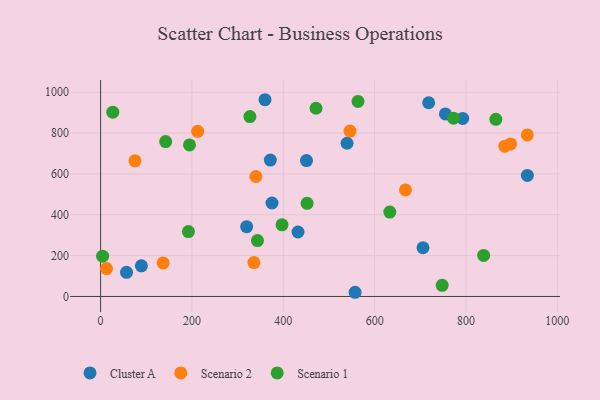
{"axis": {"x": "Distance", "y": "Rating"}, "legend": ["Cluster A", "Scenario 1", "Scenario 2"], "data": [{"x": "371.7", "y": 667.6, "type": "Cluster A"}, {"x": "360.0", "y": 963.0, "type": "Cluster A"}, {"x": "539.6", "y": 749.9, "type": "Cluster A"}, {"x": "557.2", "y": 20.6, "type": "Cluster A"}, {"x": "718.3", "y": 948.1, "type": "Cluster A"}, {"x": "89.4", "y": 150.1, "type": "Cluster A"}, {"x": "705.9", "y": 238.4, "type": "Cluster A"}, {"x": "56.8", "y": 118.1, "type": "Cluster A"}, {"x": "754.9", "y": 893.6, "type": "Cluster A"}, {"x": "934.4", "y": 592.7, "type": "Cluster A"}, {"x": "792.8", "y": 871.6, "type": "Cluster A"}, {"x": "319.8", "y": 341.8, "type": "Cluster A"}, {"x": "375.3", "y": 457.6, "type": "Cluster A"}, {"x": "450.8", "y": 665.1, "type": "Cluster A"}, {"x": "432.2", "y": 315.7, "type": "Cluster A"}, {"x": "546.1", "y": 809.5, "type": "Scenario 2"}, {"x": "137.0", "y": 164.1, "type": "Scenario 2"}, {"x": "885.0", "y": 735.8, "type": "Scenario 2"}, {"x": "934.3", "y": 790.6, "type": "Scenario 2"}, {"x": "897.6", "y": 746.8, "type": "Scenario 2"}, {"x": "212.5", "y": 808.5, "type": "Scenario 2"}, {"x": "13.1", "y": 136.5, "type": "Scenario 2"}, {"x": "340.1", "y": 587.3, "type": "Scenario 2"}, {"x": "667.5", "y": 521.6, "type": "Scenario 2"}, {"x": "335.8", "y": 166.2, "type": "Scenario 2"}, {"x": "75.3", "y": 664.1, "type": "Scenario 2"}, {"x": "4.5", "y": 197.3, "type": "Scenario 1"}, {"x": "192.3", "y": 317.9, "type": "Scenario 1"}, {"x": "326.9", "y": 880.5, "type": "Scenario 1"}, {"x": "772.7", "y": 872.8, "type": "Scenario 1"}, {"x": "194.7", "y": 742.0, "type": "Scenario 1"}, {"x": "452.1", "y": 456.1, "type": "Scenario 1"}, {"x": "633.2", "y": 412.9, "type": "Scenario 1"}, {"x": "471.7", "y": 921.2, "type": "Scenario 1"}, {"x": "838.7", "y": 201.2, "type": "Scenario 1"}, {"x": "747.9", "y": 54.6, "type": "Scenario 1"}, {"x": "142.5", "y": 758.1, "type": "Scenario 1"}, {"x": "865.4", "y": 867.1, "type": "Scenario 1"}, {"x": "397.2", "y": 350.5, "type": "Scenario 1"}, {"x": "26.8", "y": 902.2, "type": "Scenario 1"}, {"x": "343.5", "y": 273.4, "type": "Scenario 1"}, {"x": "563.6", "y": 954.8, "type": "Scenario 1"}]}